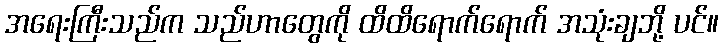
အရေးကြီးသည်က သည်ဟာတွေကို ထိထိရောက်ရောက် အသုံးချဘို့ ပင်။